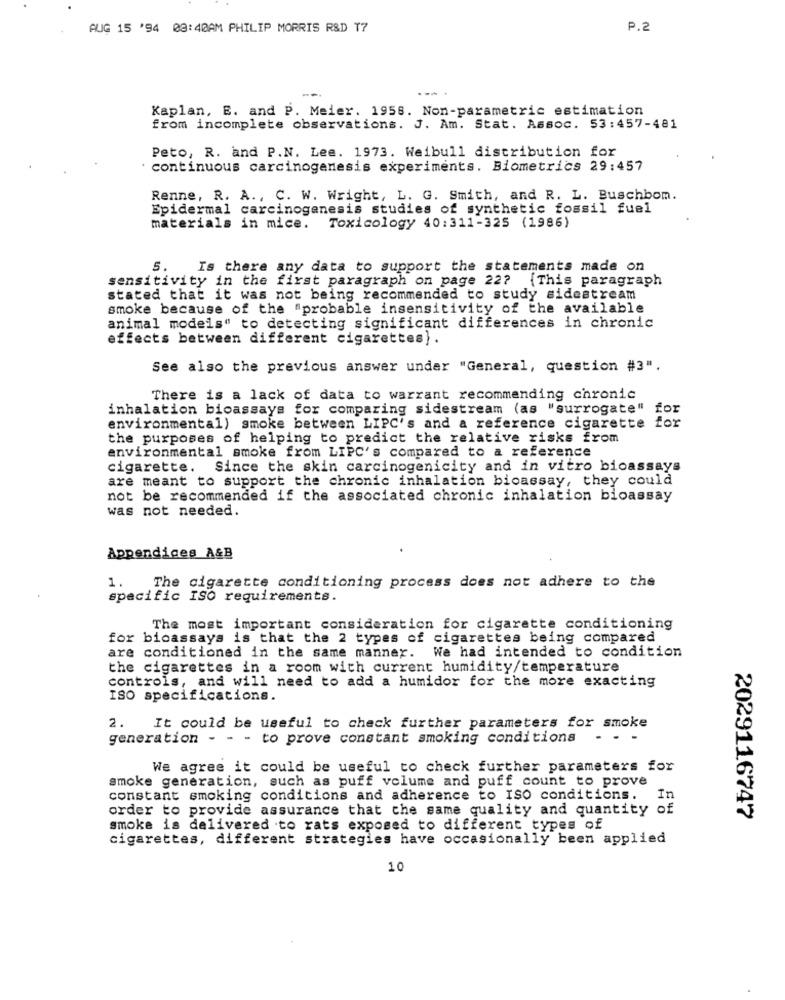
AUG 15 '94 08:40AM PHILIP MORRIS R&D T7
P.2
Kaplan, E. and P. Meier. 1958. Non-parametric estimation
from incomplete observations. J. Am. Stat. Assoc. 53:457-481
Peto, R. and P.N. Lee. 1973. Weibull distribution for
continuous carcinogenesis experiments. Biometrics 29:457
Renne, R. A ., C. W. Wright, L. G. Smith, and R. L. Buschbom.
Epidermal carcinogenesis studies of synthetic fossil fuel
materials in mice. Toxicology 40:311-325 (1986)
5.
Is there any data to support the statements made on
sensitivity in the first paragraph on page 22?
{This paragraph
stated that it was not being recommended to study sidestream
smoke because of the "probable insensitivity of the available
animal models" to detecting significant differences in chronic
effects between different cigarettes).
See also the previous answer under "General, question #3".
There is a lack of data to warrant recommending chronic
inhalation bicassays for comparing sidestream (as "surrogate"
for
environmental) smoke between LIPC's and a reference cigarette for
the purposes of helping to predict the relative risks from
environmental smoke from LIPC's compared to a reference
cigarette. Since the skin carcinogenicity and in vitro bioassays
are meant to support the chronic inhalation bioassay, they could
not be recommended if the associated chronic inhalation bioassay
was not needed.
Appendices A&B
1.
The cigarette conditioning process does not adhere to the
specific ISO requirements.
The most important consideration for cigarette conditioning
for bicassays is that the 2 types of cigarettes being compared
are conditioned in the same manner. We had intended to condition
the cigarettes in a room with current humidity/temperature
controls, and will need to add a humidor for the more exacting
ISO specifications.
2.
It could be useful to check further parameters for smoke
generation - - - to prove constant smoking conditions - - -
We agree it could be useful to check further parameters for
smoke generation, such as puff volume and puff count to prove
constant smoking conditions and adherence to Iso conditions.
In
order to provide assurance that che same quality and quantity of
2029116747
smoke is delivered to rats exposed to different types of
cigarettes, different strategies have occasionally been applied
10